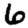
Digit: 6